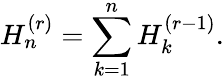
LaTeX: H_{n}^{(r)}=\sum_{k=1}^{n}H_{k}^{(r-1)}.